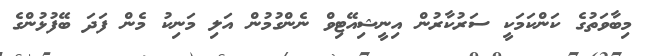
މިބާވަތުގެ ކަންކަމަކީ ސަރުކާރުން އިނީޝިއޭޓިވް ނެންގުމުން އަލި މަނިކު މެން ފަދަ ބޭފުޅުންގެ